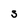
Character: S